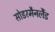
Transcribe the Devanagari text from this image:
सोडरमैनलैंड